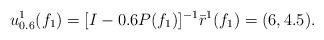
LaTeX: \begin{align*} u_{0.6}^1(f_1)=[I-0.6 P(f_1)]^{-1}\bar{r}^1(f_1)=(6,4.5).\end{align*}